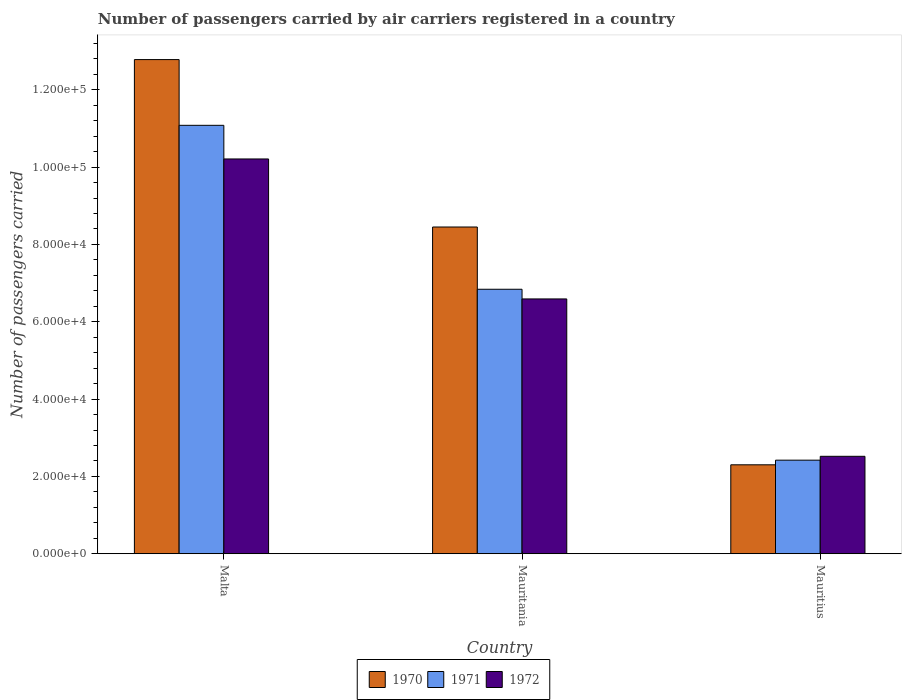
| Country | 1970 | 1971 | 1972 |
 | --- | --- | --- | --- |
 | Malta | 1.28e+05 | 1.11e+05 | 1.02e+05 |
 | Mauritania | 8.45e+04 | 6.84e+04 | 6.59e+04 |
 | Mauritius | 2.3e+04 | 2.42e+04 | 2.52e+04 |